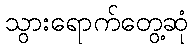
သွားရောက်တွေ့ဆုံ